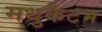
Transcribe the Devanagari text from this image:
मधुकैटभ